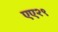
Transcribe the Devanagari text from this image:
एए२९